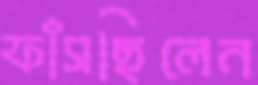
ফাঁসছিলেন